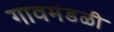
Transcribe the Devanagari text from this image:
गावमंडळी